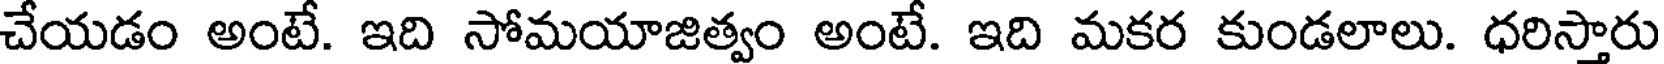
చేయడం అంటే. ఇది సోమయాజిత్వం అంటే. ఇది మకర కుండలాలు. ధరిస్తారు